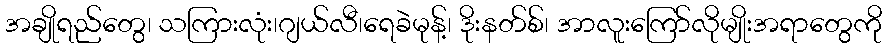
အချိုရည်တွေ၊ သကြားလုံး၊ဂျယ်လီ၊ရေခဲမုန့်၊ ဒိုးနတ်စ်၊ အာလူးကြော်လိုမျိုးအရာတွေကို